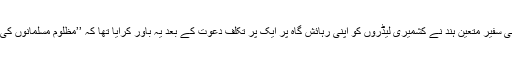
حالانکہ صرف ایک ہفتہ قبل ہی نئی دہلی میں ایرانی سفیر متعین ہند نے کشمیری لیڈروں کو اپنی رہائش گاہ پر ایک پر تکلف دعوت کے بعد یہ باور کرایا تھا کہ ’’مظلوم مسلمانوں کی حمایت ایران کی خارجہ پالیسی کا اہم جزو ہے ‘‘!